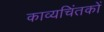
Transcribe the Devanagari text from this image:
काव्यचिंतकों